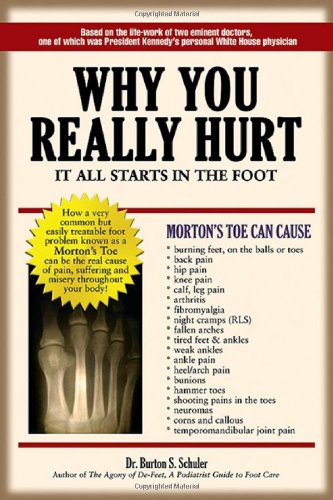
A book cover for Why You Really Hurt: It All Starts in the Foot; Dr. Burton S. Schuler; Medical Books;